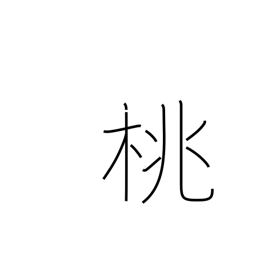
Meaning: peach